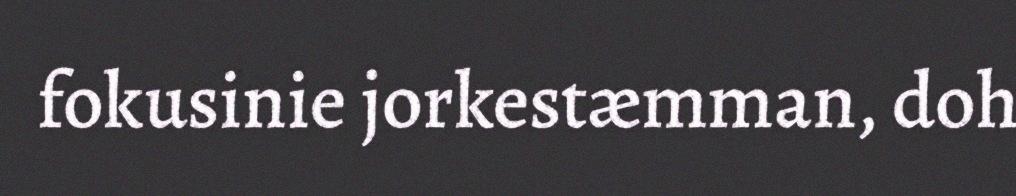
fokusinie jorkestæmman, doh